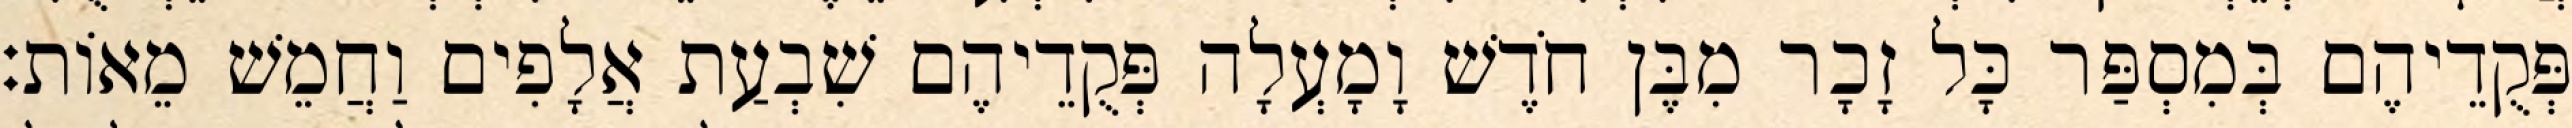
פְּקֻדֵיהֶם בְּמִסְפַּר כָּל זָכָר מִבֶּן חֹדֶשׁ וָמָעְלָה פְּקֻדֵיהֶם שִׁבְעַת אֲלָפִים וַחֲמֵשׁ מֵאוֹת׃